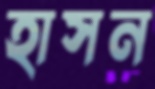
হাসন